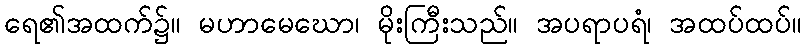
ရေ၏အထက်၌။ မဟာမေဃော၊ မိုးကြီးသည်။ အပရာပရံ၊ အထပ်ထပ်။